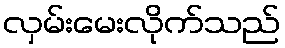
လှမ်းမေးလိုက်သည်